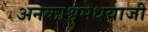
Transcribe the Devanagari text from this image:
अनेकाश्वमेधयाजी